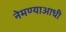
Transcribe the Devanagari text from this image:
नेमण्याआधी